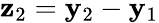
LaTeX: {\mathbf z}_{2}={\mathbf y}_{2}-{\mathbf y}_{1}